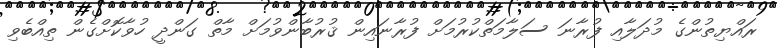
ރައްޔިތުންގެ މުދަލާއި ފުރާނަ ސަލާމަތްކުރުމަށް ފުރާނައިން ޤުރުބާންވުމަށް މާތް ގަންދީ ހުވާކޮށްގެން ތިއްބެވި